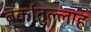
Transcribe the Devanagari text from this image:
बर्कातुल्लाह